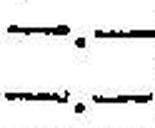
—.—